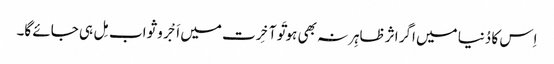
اِس کا دُنیا میں اگر اثر ظاہِر نہ بھی ہو تَو آخِرت میں اَجْر و ثواب مِل ہی جائے گا۔